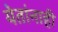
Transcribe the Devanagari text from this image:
येतांनाही